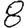
Digit: 8